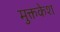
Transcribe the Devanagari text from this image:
मुक्तकेश